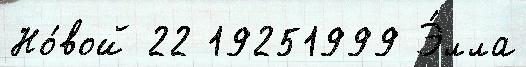
Но́вой 22 19251999 Э́лла